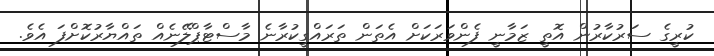
ކުރީގެ ސަރުކާރުން އޮތީ ޒަމާނީ ފެންވަރަކަށް އެތަން ތަރައްގީކުރާނެ މާސްޓާޕްލޭނެއް ތައްޔާރުކޮށްފަ އެވެ.